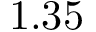
1 . 3 5